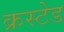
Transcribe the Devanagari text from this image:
क्रस्टेड